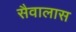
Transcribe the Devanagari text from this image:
सैवालास